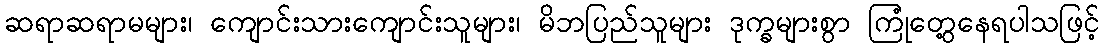
ဆရာဆရာမများ၊ ကျောင်းသားကျောင်းသူများ၊ မိဘပြည်သူများ ဒုက္ခများစွာ ကြုံတွေ့နေရပါသဖြင့်